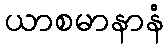
ယာစမာနာနံ